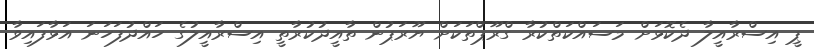
ޕީ އިސްރާއީލާ ދެކޮޅަށް މަސައްކަތްކުރާ ގްރޫޕްތަކަށް ޔޫރަޕުން ތާއީދުކުރާތީ އިސްރާއީލުގެ ހައްދުފަހަނަ އަޅާފައިވާ